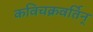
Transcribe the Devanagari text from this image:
कविचक्रवर्तिन्